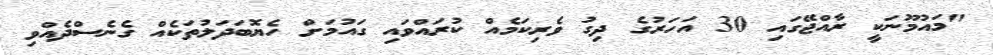
"މައުމޫނަކީ ރާއްޖޭގައި 30 އަހަރުގެ ދިގު ވެރިކަމެއް ކުރައްވައި ގައުމަށް ހެޔޮބަދަލުތަކެއް ގެނެސްދެއްވި